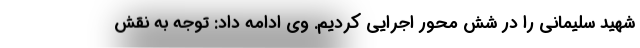
شهید سلیمانی را در شش محور اجرایی کردیم. وی ادامه داد: توجه به نقش